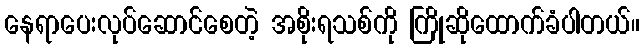
နေရာပေးလုပ်ဆောင်စေတဲ့ အစိုးရသစ်ကို ကြိုဆိုထောက်ခံပါတယ်။